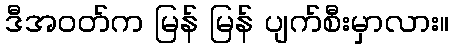
ဒီအဝတ်က မြန် မြန် ပျက်စီးမှာလား။